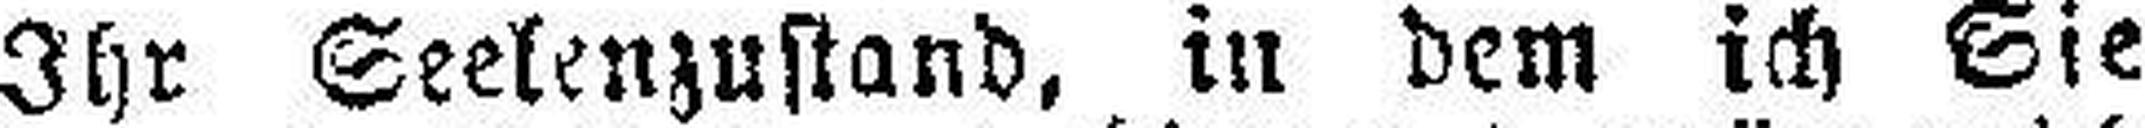
Ihr Seelenzustand, in dem ich Sie